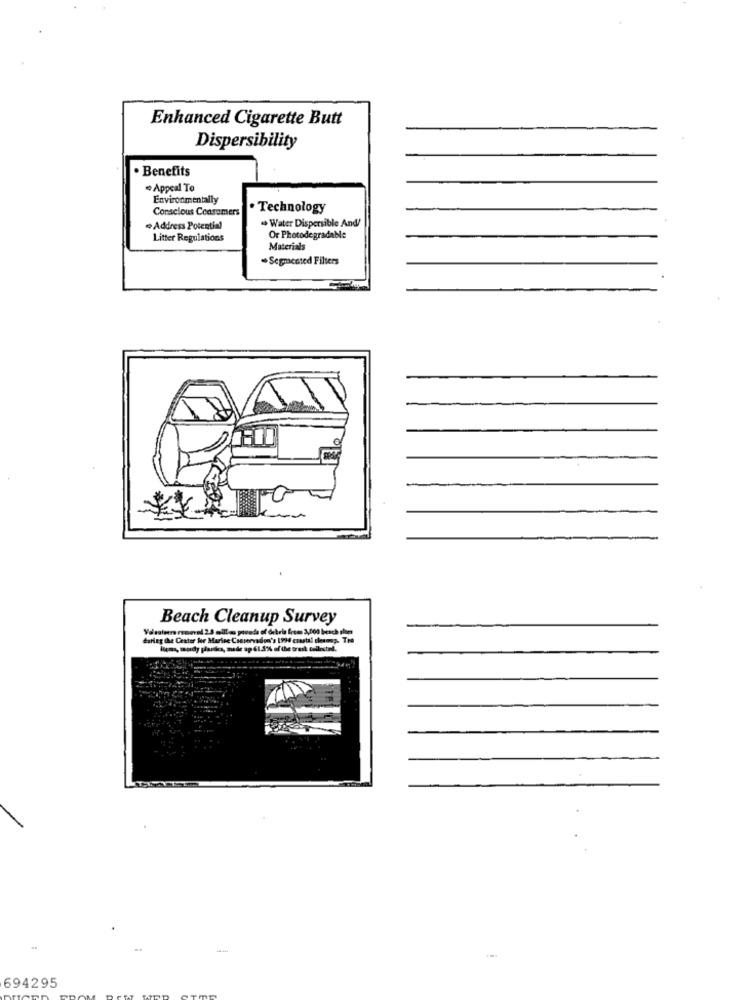
Enhanced Cigarette Butt
Dispersibility
. Benefits
· Appeal To
Environmentally
Conscious Consumers
· Technology
· Address Potential
Water Dispersible And/
Litter Regulations
Or Photodegradable
Materials
.Segmented Filters
Beach Cleanup Survey
Valsuleere removal 2.0 milles pivade of debris frem 3,000 besch she
darleg the Center for Marise Conservadon's 1924 coastal cleanup. Tre
Items, mody plasscs, made up 61.3'% of the trash tellestel.
694295